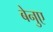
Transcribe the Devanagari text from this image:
बेनुए